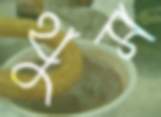
থুস